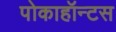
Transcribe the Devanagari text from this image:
पोकाहॉन्टस